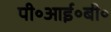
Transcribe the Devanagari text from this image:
पी॰आई॰बी॰